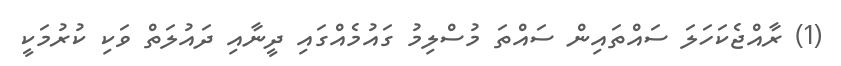
(1) ރާއްޖެކަހަލަ ސައްތައިން ސައްތަ މުސްލިމު ގައުމެއްގައި ދީނާއި ދަައުލަތް ވަކި ކުރުމަކީ